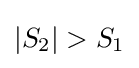
\vert S_{2}\vert >S_{1}